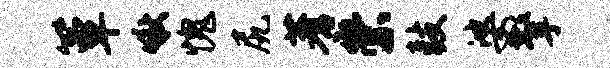
簟啾愧尻蓍崇鼓婆擎